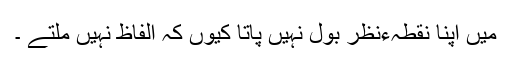
میں اپنا نقطہءنظر بول نہیں پاتا کیوں کہ الفاظ نہیں ملتے ۔